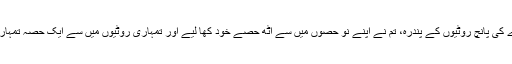
آپ نے اس شخص سے کہا: تمہاری تین روٹیوں کے نو حصے بنتے ہیں اور دوسرے کی پانچ روٹیوں کے پندرہ، تم نے اپنے نو حصوں میں سے آٹھ حصے خود کھا لیے اور تمہاری روٹیوں میں سے ایک حصہ تمہارے تیسرے ساتھی نے کھایا اور اس کے عوض تمہارا حق صرف ایک درہم بنتا ہے۔